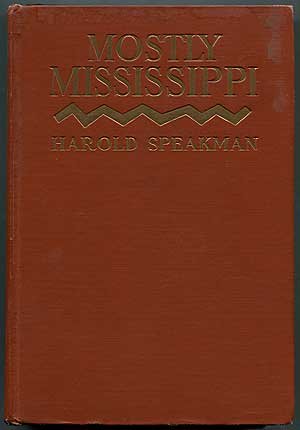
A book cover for Mostly Mississippi,; Harold Speakman; Travel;